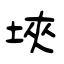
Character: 埉